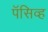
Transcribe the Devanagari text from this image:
पॅसिव्ह